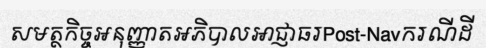
សមត្ថកិច្ចអនុញ្ញាតអភិបាលអាជ្ញាធរPost-Navករណីដី